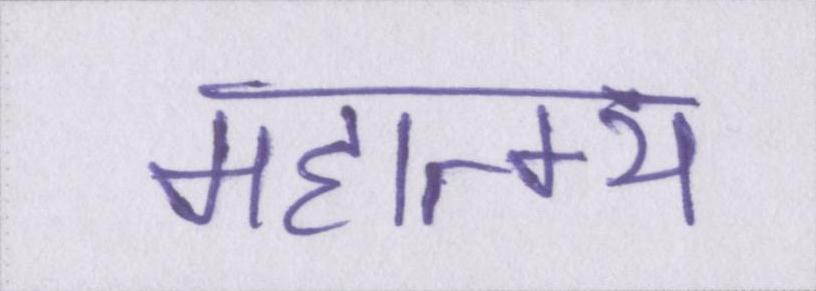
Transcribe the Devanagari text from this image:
महात्म्य